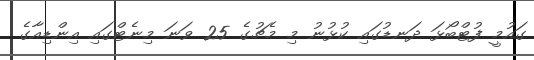
ގައުމީ ފުޓްބޯޅަ ދަނޑުގައި ކުޅުނު މި މެޗުގެ 25 ވަނަ މިނެޓްގައި އިންޑިއާގެ